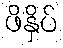
ဖိနှိပ်